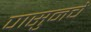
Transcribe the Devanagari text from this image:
पासुनचे